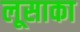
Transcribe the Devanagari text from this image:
लूसाका